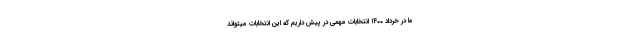
ما در خرداد ۱۴۰۰ انتخابات مهمّی در پیش داریم که این انتخابات میتواند